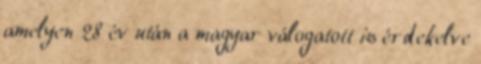
amelyen 28 év után a magyar válogatott is érdekelve